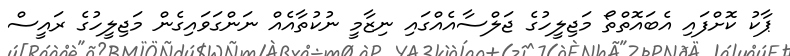
ޕާކު ކޮށްފައި އެބައޮތްތޯ މަޖިލީހުގެ ޖަލްސާއެއްގައި ނިޒާމީ ނުކުތާއެއް ނަންގަވައިގެން މަޖިލީހުގެ ރައީސް